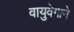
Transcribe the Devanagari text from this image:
वायुवेगाने